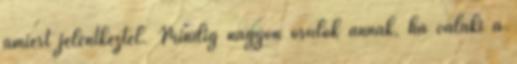
amiért jelentkeztél. Mindig nagyon örülök annak, ha valaki a